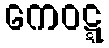
ကေဝဋ္ဋ